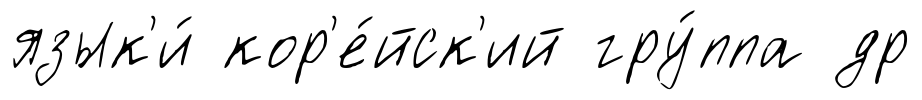
язык'и́ кор'е́йск'ий гру́ппа др